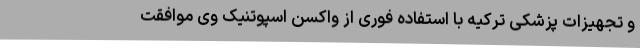
و تجهیزات پزشکی ترکیه با استفاده فوری از واکسن اسپوتنیک وی موافقت